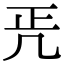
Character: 𠙁